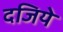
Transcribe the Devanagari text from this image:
दजिये